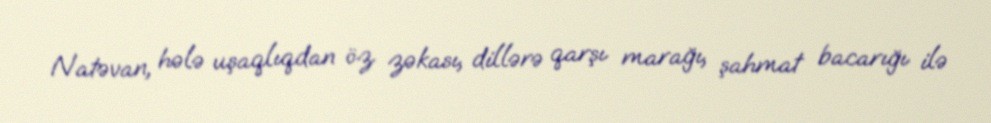
Natəvan, hələ uşaqlıqdan öz zəkası, dillərə qarşı marağı, şahmat bacarığı ilə